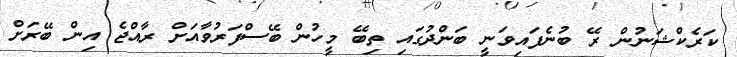
ކަރެކްޝަނުން ރޭ ބުނެފައިވަނީ ބަންދުގައި ތިބޭ މީހުން ބޭސްފަރުވާއަށް ރާއްޖެ އިން ބޭރަށް